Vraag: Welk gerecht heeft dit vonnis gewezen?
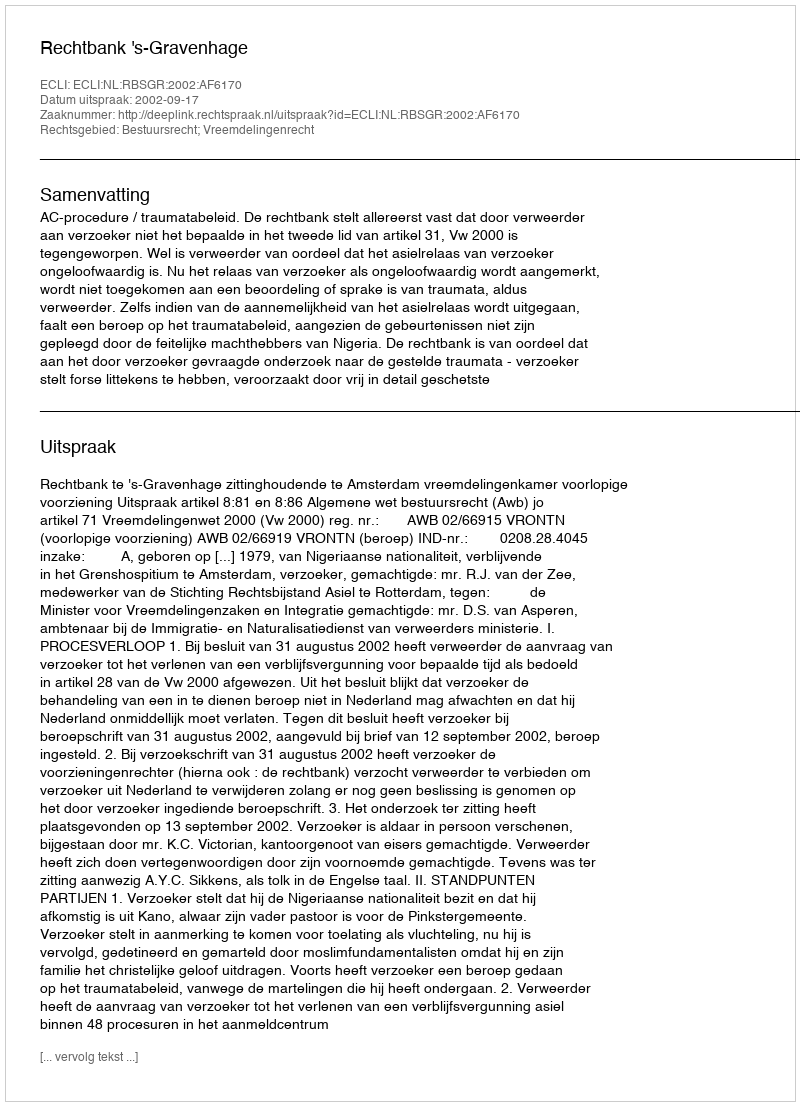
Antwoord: Rechtbank 's-Gravenhage